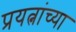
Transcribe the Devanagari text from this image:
प्रयत्नांच्या